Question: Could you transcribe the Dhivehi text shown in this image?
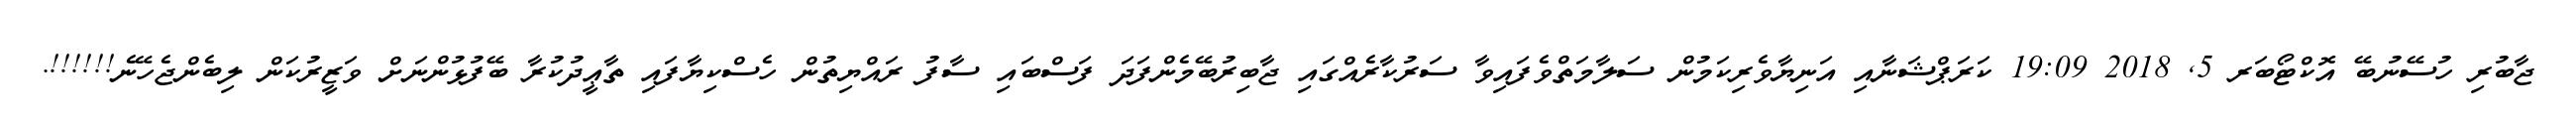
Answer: ޖާބުރި ހުސޭނުބޭ އޮކްޓޯބަރ 5, 2018 19:09 ކަރަޕްޝަނާއި އަނިޔާވެރިކަމުން ސަލާމަތްވެފައިވާ ސަރުކާރެއްގައި ޖާބިރުބޭމެންފަދަ ފަސްބައި ސާފު ރައްޔިތުން ހެސްކިޔާފައި ތާޢީދުކުރާ ބޭފުޅުންނަށް ވަޒީރުކަން ލިބެންޖެހޭނެ!!!!!!.